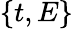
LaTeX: \{ t,E\}